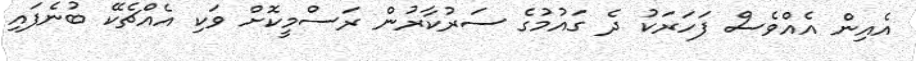
އެއިން އެއްވެސް ފަހަަރަކު ދެ ގައުމުގެ ސަރުކާރުން ރަސްމީކޮށް ވަކި އެއްޗެކޭ ބުނެފައި